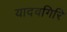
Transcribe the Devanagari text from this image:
यादवगिरि